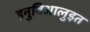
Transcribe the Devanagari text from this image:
इनुविआलुइत